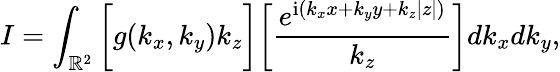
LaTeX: I=\int_{\mathbb{R}^{2}}\bigg[g(k_{x},k_{y})k_{z}\bigg]\bigg[\frac{e^{\mathrm{i}(k_{x}x+k_{y}y+k_{z}|z|)}}{k_{z}}\bigg]dk_{x}dk_{y},